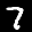
Label: 7